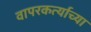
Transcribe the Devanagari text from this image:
वापरकर्त्याच्या